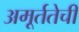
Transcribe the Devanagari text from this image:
अमूर्ततेची